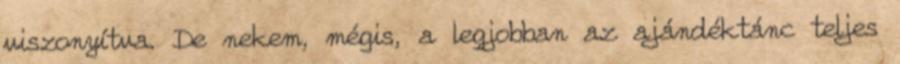
viszonyítva. De nekem, mégis, a legjobban az ajándéktánc teljes